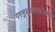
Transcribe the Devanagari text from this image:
परमुलखातदेखील